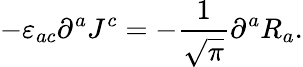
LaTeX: -\varepsilon_{ac}\partial^{a}J^{c}=-\frac{1}{\sqrt{\pi}}\partial^{a}R_{a}.